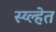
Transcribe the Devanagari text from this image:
स्य्ल्हेत